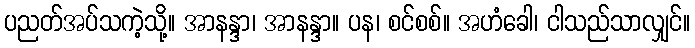
ပညတ်အပ်သကဲ့သို့။ အာနန္ဒာ၊ အာနန္ဒာ။ ပန၊ စင်စစ်။ အဟံခေါ၊ ငါသည်သာလျှင်။